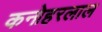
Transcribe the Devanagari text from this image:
कनोहरलाल